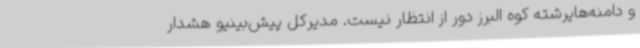
و دامنه‌هایرشته کوه البرز دور از انتظار نیست. مدیرکل پیش‌بینیو هشدار